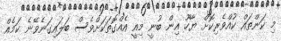
މި ކަންތައް ކުއްވެރިކޮށް ޔާހޫ އިން ބުނީ މިއީ އެއްގޮތަކަށްވެސް ބަލައިގަނެވޭނެ ކަމެއް